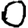
Digit: 0